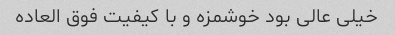
خیلی عالی بود خوشمزه و با کیفیت فوق العاده